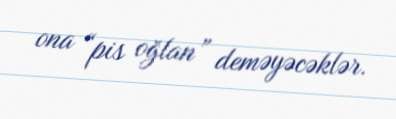
ona “pis oğlan” deməyəcəklər.